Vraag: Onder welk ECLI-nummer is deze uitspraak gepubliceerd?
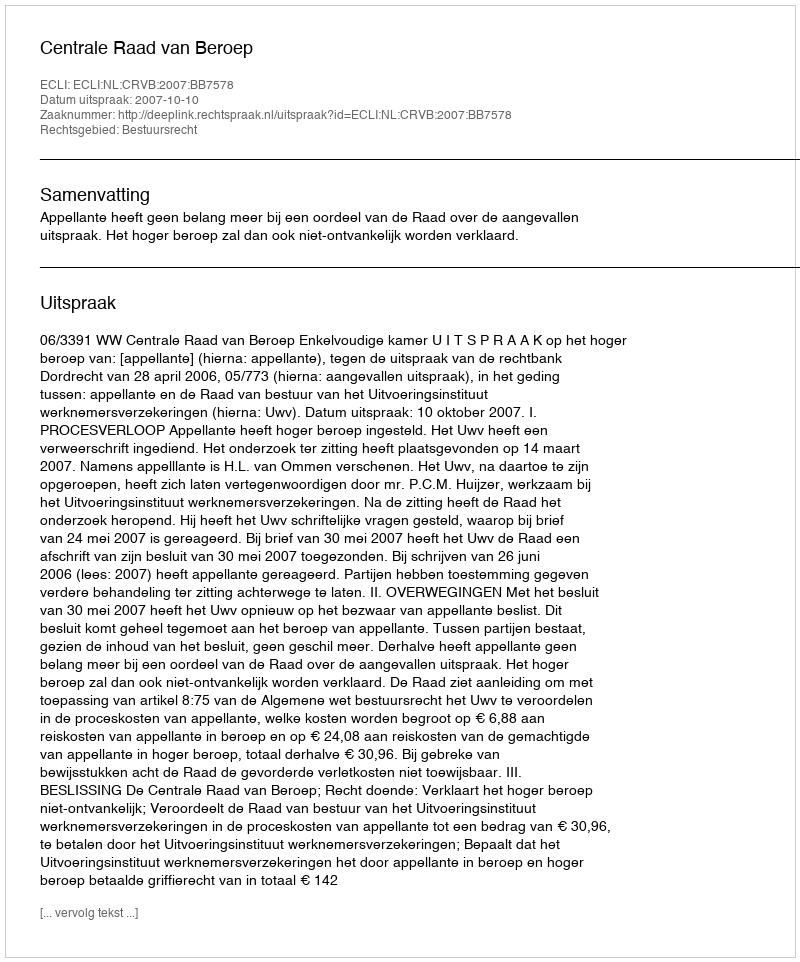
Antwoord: ECLI:NL:CRVB:2007:BB7578